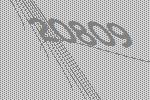
20809